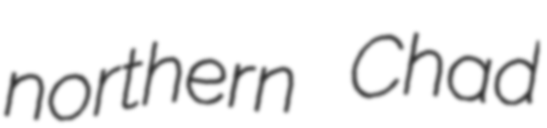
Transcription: northern Chad